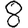
Digit: 8